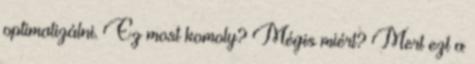
optimalizálni. Ez most komoly? Mégis miért? Mert ezt a